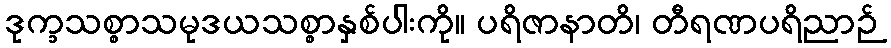
ဒုက္ခသစ္စာသမုဒယသစ္စာနှစ်ပါးကို။ ပရိဇာနာတိ၊ တီရဏပရိညာဉ်